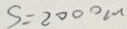
S = 2 0 0 0 c m